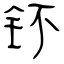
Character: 钚